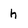
Character: h